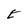
Character: E